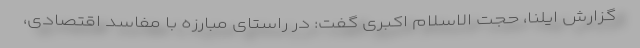
گزارش ایلنا، حجت الاسلام اکبری گفت: در راستای مبارزه با مفاسد اقتصادی،